Scientific memoirs by medical officers of the Army of India - Part X,
Year: 1897
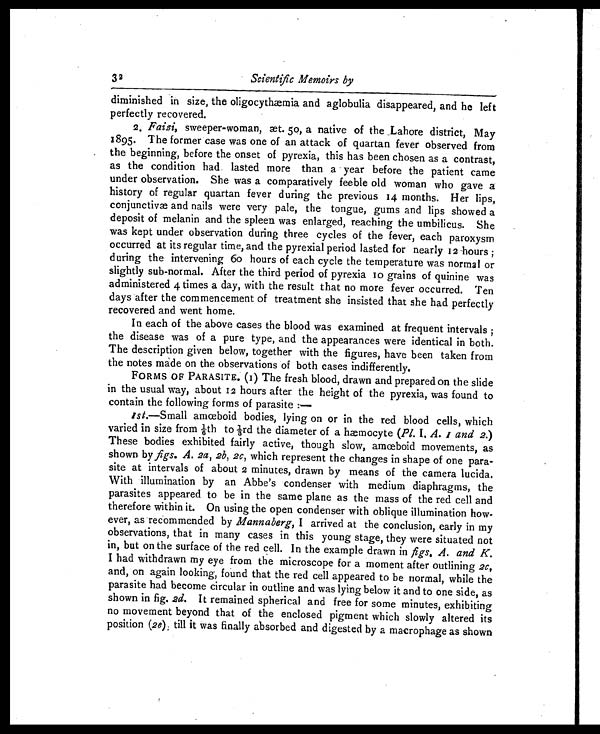
32
Scientific Memoirs by
diminished in size, the oligocythæmia and aglobulia disappeared, and he left
perfectly recovered.
2. Faizi, sweeper-woman, æt. 50, a native of the Lahore district, May
1895. The former case was one of an attack of quartan fever observed from
the beginning, before the onset of pyrexia, this has been chosen as a contrast,
as the condition had lasted more than a year before the patient came
under observation. She was a comparatively feeble old woman who gave a
history of regular quartan fever during the previous 14 months. Her lips,
conjunctivæ and nails were very pale, the tongue, gums and lips showed a
deposit of melanin and the spleen was enlarged, reaching the umbilicus. She
was kept under observation during three cycles of the fever, each paroxysm
occurred at its regular time, and the pyrexial period lasted for nearly 12 hours ;
during the intervening 60 hours of each cycle the temperature was normal or
slightly sub-normal. After the third period of pyrexia 10 grains of quinine was
administered 4 times a day, with the result that no more fever occurred. Ten
days after the commencement of treatment she insisted that she had perfectly
recovered and went home.
In each of the above cases the blood was examined at frequent intervals ;
the disease was of a pure type, and the appearances were identical in both.
The description given below, together with the figures, have been taken from
the notes made on the observations of both cases indifferently.
FORMS OF PARASITE. (1) The fresh blood, drawn and prepared on the slide
in the usual way, about 12 hours after the height of the pyrexia, was found to
contain the following forms of parasite :—
1st.—Small amœboid bodies, lying on or in the red blood cells, which
var i ed i n si ze f r om 1/ 6t h t o 1/ 3r d t he di amet er of a hæmocyt e ( P l . I . A . . 1
. a n d 2 .
)
These bodies exhibited fairly active, though slow, amœboid movements, as
shown by figs. A. 2a, 2b, 2c, which represent the changes in shape of one para-
site at intervals of about 2 minutes, drawn by means of the camera lucida.
With illumination by an Abbe's condenser with medium diaphragms, the
parasites appeared to be in the same plane as the mass of the red cell and
therefore within it. On using the open condenser with oblique illumination how-
ever, as recommended by Mannaberg, I arrived at the conclusion, early in my
observations, that in many cases in this young stage, they were situated not
in, but on the surface of the red cell. In the example drawn in figs. A. and K.
I had withdrawn my eye from the microscope for a moment after outlining 2c,
and, on again looking, found that the red cell appeared to be normal, while the
parasite had become circular in outline and was lying below it and to one side, as
shown in fig. 2d. It remained spherical and free for some minutes, exhibiting
no movement beyond that of the enclosed pigment which slowly altered its
position (2e) till it was finally absorbed and digested by a macrophage as shown